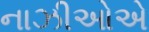
નાઝીઓએ